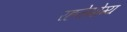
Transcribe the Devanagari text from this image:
रहनेयोग्य